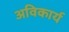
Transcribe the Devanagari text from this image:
अविकार्य